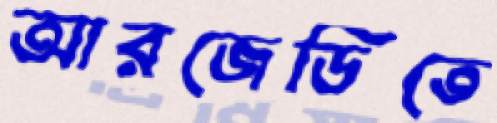
আরজেডিতে